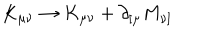
K _ { \mu \nu } \rightarrow K _ { \mu \nu } + \partial _ { [ \mu } M _ { \nu ] }